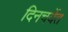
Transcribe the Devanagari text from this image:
दिनचर्येत